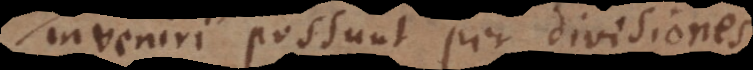
inveniri possunt per divisiones,